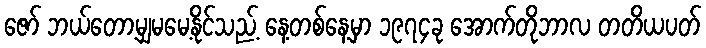
ဇော် ဘယ်တော့မျှမမေ့နိုင်သည့် နေ့တစ်နေ့မှာ ၁၉၇၄ခု အောက်တိုဘာလ တတိယပတ်